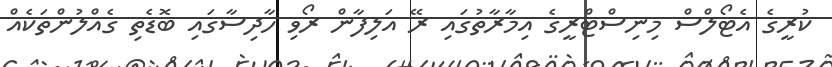
ކުރީގެ އެޓޯލްސް މިނިސްޓްރީގެ އިމާރާތުގައި ރޭ އަލިފާން ރޯވި ހާދިސާގައި ބޮޑެތި ގެއްލުންތަކެއް